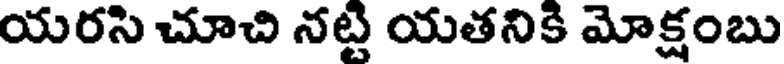
యరసి చూచి నట్టి యతనికి మోక్షంబు